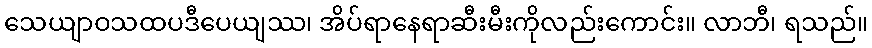
သေယျာဝသထပဒီပေယျဿ၊ အိပ်ရာနေရာဆီးမီးကိုလည်းကောင်း။ လာဘီ၊ ရသည်။